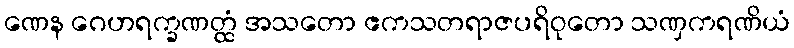
ဏေန ဂေဟရက္ခဏတ္ထံ အသတော ဧကသတရာဇပရိဝုတော သဏှကရဏိယံ